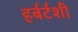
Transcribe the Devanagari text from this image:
हर्बर्टशी